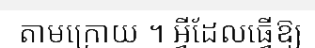
តាមក្រោយ ។ អ្វីដែលធ្វើឱ្យ